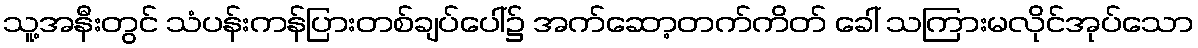
သူ့အနီးတွင် သံပန်းကန်ပြားတစ်ချပ်ပေါ်၌ အက်ဆော့တက်ကိတ် ခေါ် သကြားမလိုင်အုပ်သော